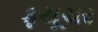
ફયૂચર